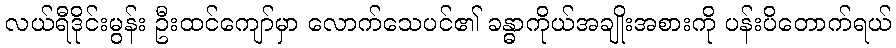
လယ်ရီဒိုင်းမွန်း ဦးထင်ကျော်မှာ လောက်သေပင်၏ ခန္ဓာကိုယ်အချိုးအစားကို ပန်းပိတောက်ရယ်